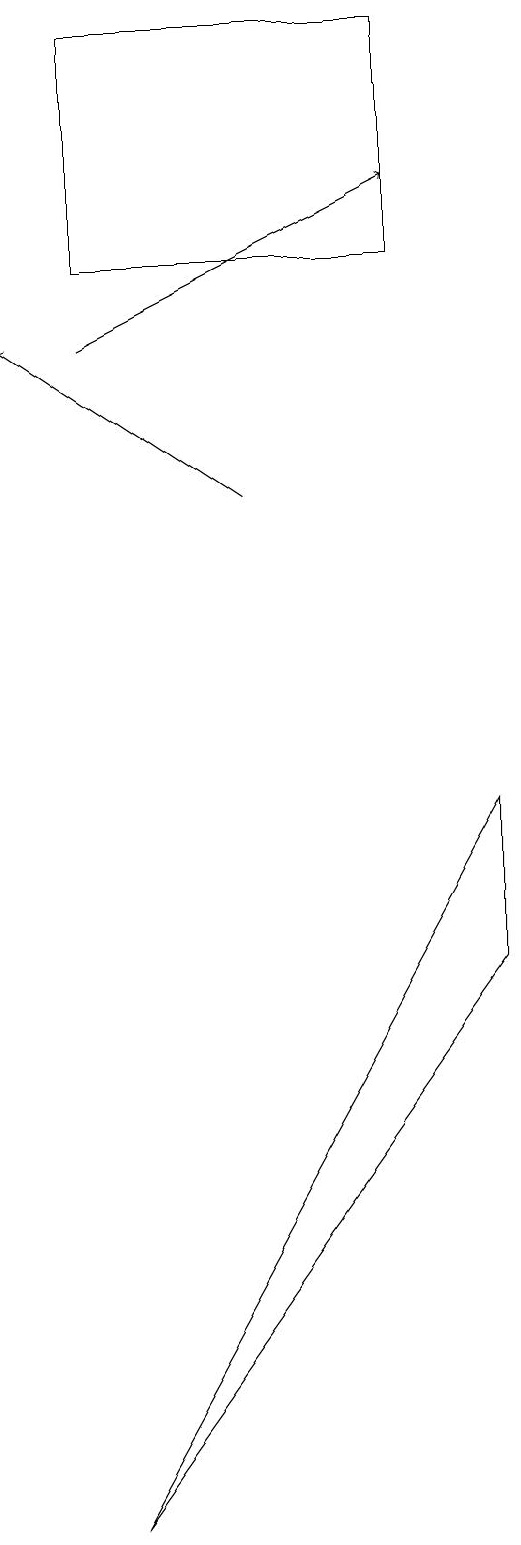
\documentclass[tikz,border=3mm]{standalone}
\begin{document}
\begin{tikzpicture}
\draw[->] (6,13) -- (3,15);
\draw (8,19) rectangle (4,16);
\draw[->] (4,15) -- (8,17);
\draw (9,9) -- (4,0) -- (9,7) -- cycle;
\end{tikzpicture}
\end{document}